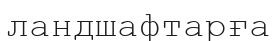
ландшафтарға